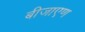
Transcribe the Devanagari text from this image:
बीजाएण